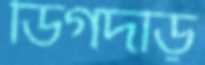
ডিগদড়ি